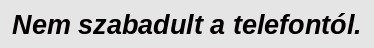
Nem szabadult a telefontól.